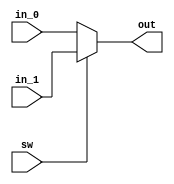
/*+
 * Copyright (c) 2022-2023 Zhengde
 * 
 * All rights reserved.
 * 
 * Redistribution and use in source and binary forms, with or without
 * modification, are permitted provided that the following conditions are met:
 * 
 * 1 Redistributions of source code must retain the above copyright notice, this
 *   list of conditions and the following disclaimer.
 * 
 * 2 Redistributions in binary form must reproduce the above copyright notice,
 *   this list of conditions and the following disclaimer in the documentation
 *   and/or other materials provided with the distribution.
 * 
 * 3 Neither the name of the copyright holder nor the names of its
 *   contributors may be used to endorse or promote products derived from
 *   this software without specific prior written permission.
 * 
 * THIS SOFTWARE IS PROVIDED BY THE COPYRIGHT HOLDERS AND CONTRIBUTORS "AS IS"
 * AND ANY EXPRESS OR IMPLIED WARRANTIES, INCLUDING, BUT NOT LIMITED TO, THE
 * IMPLIED WARRANTIES OF MERCHANTABILITY AND FITNESS FOR A PARTICULAR PURPOSE ARE
 * DISCLAIMED. IN NO EVENT SHALL THE COPYRIGHT HOLDER OR CONTRIBUTORS BE LIABLE
 * FOR ANY DIRECT, INDIRECT, INCIDENTAL, SPECIAL, EXEMPLARY, OR CONSEQUENTIAL
 * DAMAGES (INCLUDING, BUT NOT LIMITED TO, PROCUREMENT OF SUBSTITUTE GOODS OR
 * SERVICES; LOSS OF USE, DATA, OR PROFITS; OR BUSINESS INTERRUPTION) HOWEVER
 * CAUSED AND ON ANY THEORY OF LIABILITY, WHETHER IN CONTRACT, STRICT LIABILITY,
 * OR TORT (INCLUDING NEGLIGENCE OR OTHERWISE) ARISING IN ANY WAY OUT OF THE USE
 * OF THIS SOFTWARE, EVEN IF ADVISED OF THE POSSIBILITY OF SUCH DAMAGE.
-*/

/*+
 * Clock Multiplexer.
 * This is behavioral description, for simulation only.
 * Replace it with real element according to technology used.
-*/

module clk_switch (   
    input       in_0,
    input       in_1,
    input       sw  ,
    output      out 
);

`ifdef VENDOR_TECH
    CLK_SWITCH u_clk_switch 
    (   
        .IN_0    (in_0),
        .IN_1    (in_1),
        .SW      (sw  ),
        .OUT     (out )
    );
`else
    assign out = sw ? in_1 : in_0;
`endif

endmodule